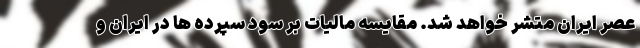
عصر ایران متشر خواهد شد. مقایسه مالیات بر سود سپرده ها در ایران و